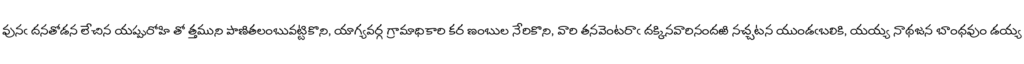
వునఁ దనతోడన లేచిన యప్పురోహి తో త్తముని పాణితలంబువట్టికొని, యాగ్యవర్గ గ్రామాధికారి కర ణంబుల నేరికొని, వారి తనవెంటరాఁ దక్కినవారినందఱి నచ్చటన యుండఁబలికి, యయ్య నాథజన బాంధవుం డయ్య